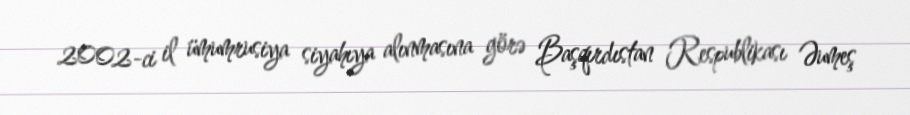
2002-ci il ümumrusiya siyahıya alınmasına görə Başqırdıstan Respublikası Əumeş